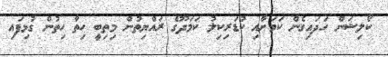
ކޯލިޝަން ހަދައިގެން ކަމަށާއި ކުޑަރިކިލު ކަމަދޫގެ ރައްޔިތުން މިތިބީ ހިތާ ހިތުން ގުޅިފައި